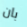
بان